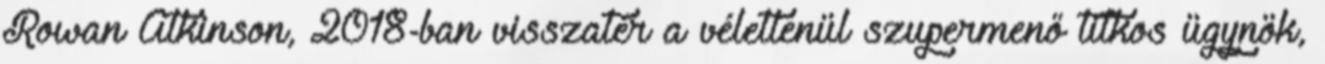
Rowan Atkinson, 2018-ban visszatér a véletlenül szupermenő titkos ügynök,